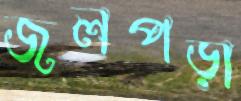
জলপড়া